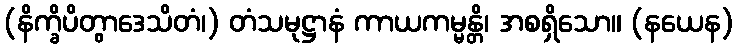
(နိက္ခိပိတွာဒေသိတံ၊) တံသမုဋ္ဌာနံ ကာယကမ္မန္တိ၊ အစရှိသော။ (နယေန)